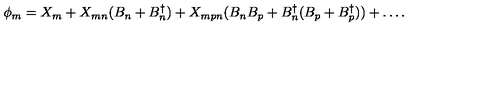
\phi _ { m } = X _ { m } + X _ { m n } ( B _ { n } + B _ { n } ^ { \dagger } ) + X _ { m p n } ( B _ { n } B _ { p } + B _ { n } ^ { \dagger } ( B _ { p } + B _ { p } ^ { \dagger } ) ) + \ldots .